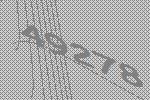
49278